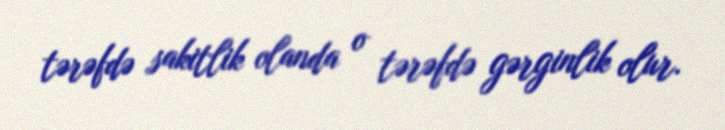
tərəfdə sakitlik olanda o tərəfdə gərginlik olur.